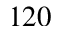
1 2 0